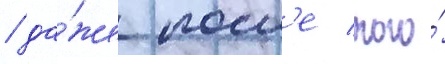
/ да́же посл'е того́